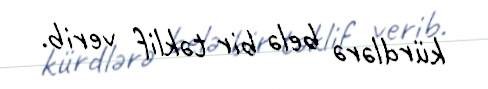
kürdlərə belə bir təklif verib.